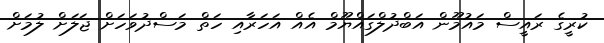
ކުރީގެ ރައީސް މައުމޫން އަބްދުލްގައްޔޫމް އެއް އަހަރާއި ހަތް މަސްދުވަހަށް ޖަލަށް ލުމަށް